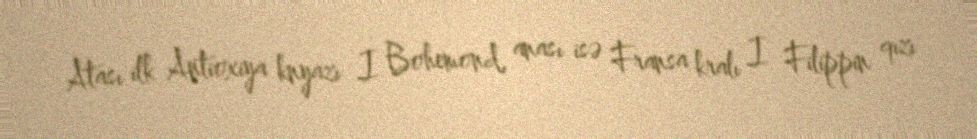
Atası ilk Antioxiya knyazı I Bohemond, anası isə Fransa kralı I Filippin qızı